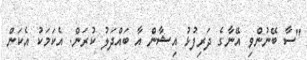
"ސާ ބޭނުންވި އޭނާގެ ދަރިފުޅު އިޝާން އާ ބައްދަލު ކުރަން. އެކަމަކު އެކަން